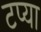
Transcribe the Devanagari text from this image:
टप्या